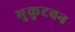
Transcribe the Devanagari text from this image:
मुकुटबन